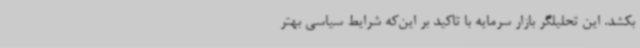
بکشد. این تحلیلگر بازار سرمایه با تاکید بر این‌که شرایط سیاسی بهتر